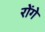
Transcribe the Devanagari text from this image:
रोंगे